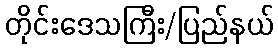
တိုင်းဒေသကြီး/ပြည်နယ်